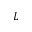
L